Vaccination in Burma 1912-1922 - 1912-1922
Year: 1912
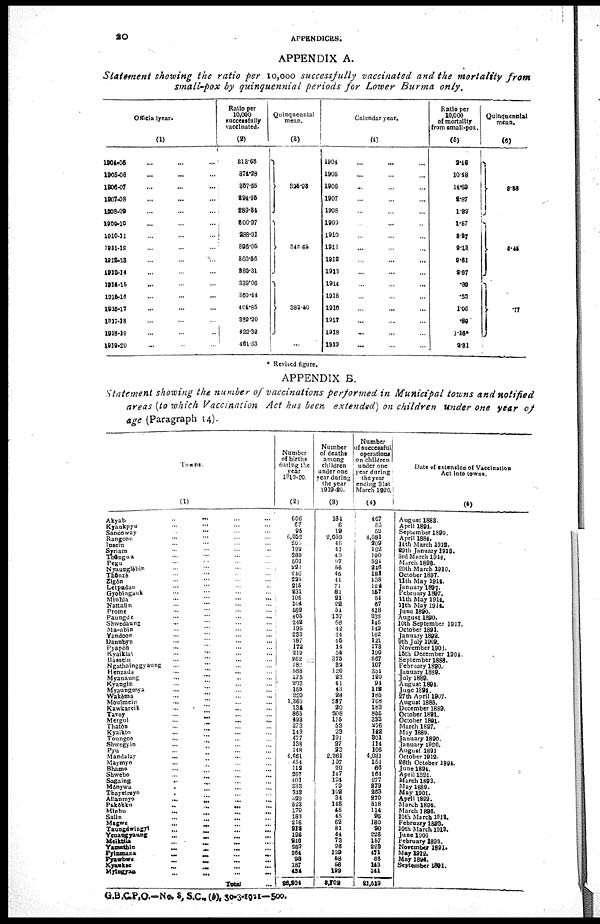
20
APPENDICES.
APPENDIX A.
Statement showing the ratio per 10,000 successfully vaccinated and the mortality from
small-pox by quinquennial periods for Lower Burma only.
Officia 1year.
(1)
1904-05... ... ...
1905-06... ... ...
1906-07... ... ...
1907-48... ... ...
1908-09... ... ...
1909-10... ... ...
1910-11... ... ...
1911-12... ... ...
1912-13... ... ...
1913-14... ... ...
1914-15... ... ...
1915-16... ... ...
1916-17... ... ...
1917-18... ... ...
1918-19... ... ...
1919-20... ... ...
Ratio per
10,000
successfully
vaccinated.
(2)
818.68
374.28
357.65
294.95
289.84
800.97
988.91
896.05
860.66
880.31
339.06
360.44
404.86
389.20
422.32
461.63
Quinquennial
mean.
(3)
836.98
346.65
383.50
...
Calendar year.
(4)
1904... ... ...
1905... ... ...
1906... ... ...
1907... ... ...
1908... ... ...
1909... ... ...
1910... ... ...
1911... ... ...
1912... ... ...
1913... ... ...
1914... ... ...
1915... ... ...
1916... ... ...
1917... ... ...
1918... ... ...
1919... ... ...
Ratio per
10,000
of mortality
from small-pox.
(5)
2.45
10.48
14.69
2.87
1.89
1.57
8.27
9.13
9.61
2.87
.89
.33
1.06
.89
1.16*
9.81
Quinquennial
mean.
(6)
6.33
5.45
.
77
* Revised figure.
APPENDIX B.
Statement showing the number of vaccinations performed in Municipal towns and notified
areas (to which Vaccination Act has been extended) on children Under one year of
age (Paragraph 14).
Towns
(1)
Akyab... ... ... ... ... ...
Kyaukpyu... ... ... ... ... ...
Sandoway... ... ... ... ... ...
Rangoon... ... ... ... ... ...
Insein... ... ... ... ... ...
Syriam... ... ... ... ... ...
Thungwa... ... ... ... ... ...
Pegu... ... ... ... ... ...
Nyaunglèbin... ... ... ... ... ...
Thônze... ... ... ... ... ...
Zigôn... ... ... ... ... ...
Letpadan... ... ... ... ... ...
Gyobingauk... ... ... ... ... ...
Minhla... ... ... ... ... ...
Nattalin... ... ... ... ... ...
Prome... ... ... ... ... ...
Paungde... ... ... ... ... ...
Shwedaung... ... ... ... ... ...
Ma-ubin... ... ... ... ... ...
Yandoon... ... ... ... ... ...
Danubyu... ... ... ... ... ...
Pyapôn... ... ... ... ... ...
Kyaiklat... ... ... ... ... ...
Bassein... ... ... ... ... ...
Ngathainggyaung... ... ... ... ... ...
Henzada... ... ... ... ... ...
Myanaung... ... ... ... ... ...
Kyangin... ... ... ... ... ...
Myaungmya... ... ... ... ... ...
Wakèma... ... ... ... ... ...
Moulmein... ... ... ... ... ...
Kawkareik... ... ... ... ... ...
Tavoy... ... ... ... ... ...
Mergul... ... ... ... ... ...
Thatôn... ... ... ... ... ...
Kyaikto... ... ... ... ... ...
Toungoo... ... ... ... ... ...
Shwegyin... ... ... ... ... ...
Pyu... ... ... ... ... ...
Mandalay... ... ... ... ... ...
Maymyo ... ... ... ... ... ...
Bhamo... ... ... ... ... ...
Shwebo ... ... ... ... ... ...
Sagaing... ... ... ... ... ...
Monywa ... ... ... ... ... ...
Thayetmyo... ... ... ... ... ...
Allanmyo... ... ... ... ... ...
Pakôkku ... ... ... ... ... ...
Minbu...
...
...
...
...
...
Salin...
...
...
...
...
...
Magwe... ... ... ... ... ...
Taungdwiogyi... ... ... ... ... ...
Yenageyaung... ... ... ... ... ...
Maiktila... ... ... ... ... ...
Yamethin...
...
...
...
...
...
Pyinmana...
...
...
...
...
...
Pyawbwe... ... ... ... ... ...
Kyakae... ... ... ... ... ...
Mylagyan... ... ... ... ... ...
Total... ... ...
Number
of births
during the
year
1919-20.
(2)
606
67
95
6,052
200
199
260
501
223
246
225
216
231
106
104
582
405
249
195
233
187
172
219
962
182
588
175
203
155
220
1,360
134
865
493
373
149
477
138
148
4,661
454
118
267
401
333
312
329
523
170
183
216
919
196
246
289
864
98
187
484
98,204
Number
of deaths
among
children
under one
year during
the year
1919-20.
(3)
164
6
19
2,059
46
41
19
97
56
45
41
71
81
21
22
54
137
68
42
44
45
14
54
375
32
120
23
41
43
28
287
20
308
115
52
23
101
27
23
2,261
107
20
147
124
79
108
34
146
45
45
62
81
44
73
96
129
58
56
199
8,702
Number
of successful
operations
on children
under one
year during
the year
ending 31st
March 1920.
(4)
467
60
52
4,581
209
122
190
521
246
181
138
124
157
54
67
418
238
146
149
162
121
173
190
667
107
354
120
94
112
185
768
183
855
333
276
142
301
114
106
4,031
154
66
164
277
879
268
270
518
114
95
180
90
226
157
223
471
86
143
341
91,619
Date of extension of Vaccination
Act into towns.
(5)
August 1883.
April 1894.
September 1890.
April 1884.
14 th March 1912.
29th January 1918.
3rd March 1914.
March 1898.
29th March 1910.
October 1897.
11th May 1914.
January 1897.
February 1897.
11th May 1914.
11th May 1914.
June 1890.
August 1890.
10th September 1917.
October 1891.
January 1892.
9th July 1909.
November 1901.
16th December 1904.
September 1888.
February 1890.
January 1889.
July 1889.
August 1891.
June 1894.
27th April 1907.
August 1885.
December 1889.
October 1891.
October 1891.
March 1897.
May 1889.
January 1890.
January 1920.
August 1891
October 1912.
26th October 1894.
June 1894.
April 1894.
March 1893.
May 1889.
May 1901.
April 1892.
March 1896.
March 1896.
10th March 1918.
February 1899.
10th March 1918.
June 1906
February 1898.
November 1891.
May 1912.
May 1894.
September 1891.
G.B.C.P.O.—No. 3, S.C.,(b), 30-3-1921—500.